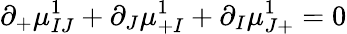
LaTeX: \partial_{+}\mu_{IJ}^{1}+\partial_{J}\mu_{+I}^{1}+\partial_{I}\mu_{J+}^{1}=0